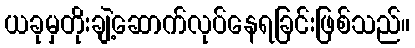
ယခုမှတိုးချဲ့ဆောက်လုပ်နေရခြင်းဖြစ်သည်။